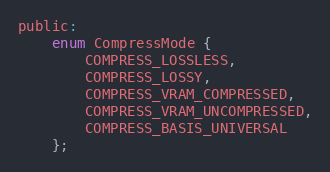
Language: C
public:
	enum CompressMode {
		COMPRESS_LOSSLESS,
		COMPRESS_LOSSY,
		COMPRESS_VRAM_COMPRESSED,
		COMPRESS_VRAM_UNCOMPRESSED,
		COMPRESS_BASIS_UNIVERSAL
	};